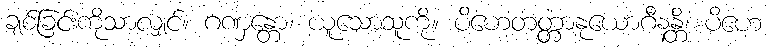
ချစ်ခြင်းကိုသာလျှင်။ ဂဏှန္တော၊ ယူသောသူကို။ ပိဟေတတ္တာနုယောဂီနန္တိ၊ ပိဟေ